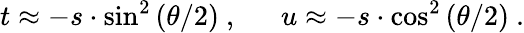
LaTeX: t\approx-s\cdot\sin^{2}\left(\theta/2\right)~,~~~~~~u\approx-s\cdot\cos^{2}\left(\theta/2\right)~.